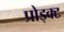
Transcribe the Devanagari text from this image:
प्रोड्क्ट